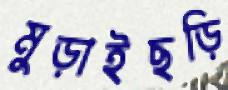
মুড়াইছড়ি